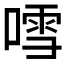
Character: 𠽌